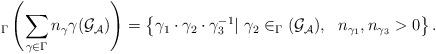
LaTeX: \begin{align*}_{\Gamma}\left(\sum _{\gamma\in\Gamma}n_{\gamma}\gamma(\mathcal{G_A})\right)=\left\{\gamma_1\cdot\gamma_2\cdot\gamma_3^{-1}|\ \gamma_2\in_{\Gamma}(\mathcal{G_A}),\ \ n_{\gamma_1},n_{\gamma_3}>0\right\}.\end{align*}